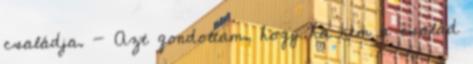
családja. — Azt gondoltam, hogy ha nem a család